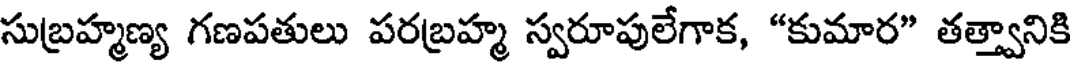
సుబ్రహ్మణ్య గణపతులు పరబ్రహ్మ స్వరూపులేగాక, "కుమార" తత్త్వానికి